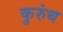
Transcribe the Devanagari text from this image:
कुरुंथ